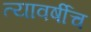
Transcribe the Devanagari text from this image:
त्यावर्षीच